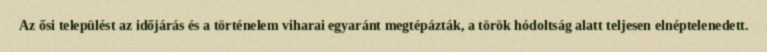
Az ősi települést az időjárás és a történelem viharai egyaránt megtépázták, a török hódoltság alatt teljesen elnéptelenedett.